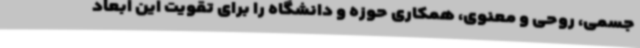
جسمی، روحی و معنوی، همکاری حوزه و دانشگاه را برای تقویت این ابعاد